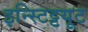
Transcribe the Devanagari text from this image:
इन्स्टिट्टयूट